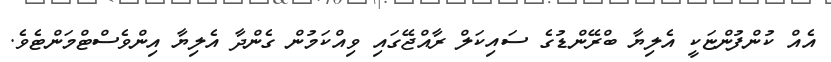
އެއް ކުންފުންޏަކީ އެލިޔާ ބްރޭންޑުގެ ސައިކަލް ރާއްޖޭގައި ވިއްކަމުން ގެންދާ އެލިޔާ އިންވެސްޓްމަންޓެވެ.